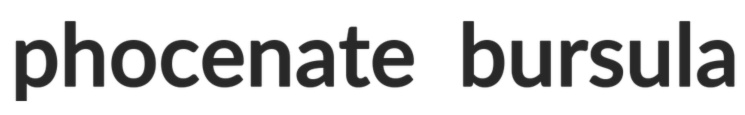
phocenate bursula